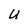
Character: U